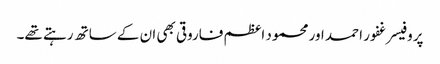
پروفیسر غفور احمد اور محمود اعظم فاروقی بھی ان کے ساتھ رہتے تھے۔